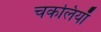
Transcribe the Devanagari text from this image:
चकलियाँ